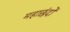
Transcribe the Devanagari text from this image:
महाछंदों